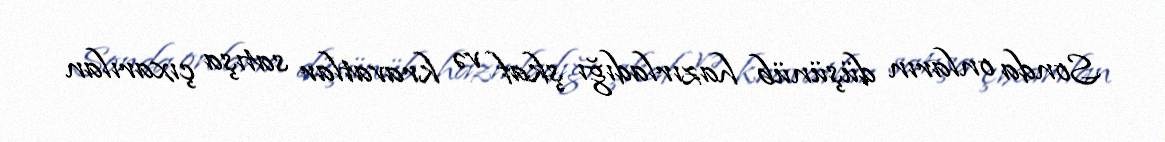
Sonda onların düşünüb hazırladığı şkaf və kravatlar satışa çıxarılan